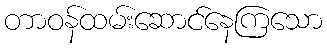
တာဝန်ထမ်းဆောင်နေကြသော